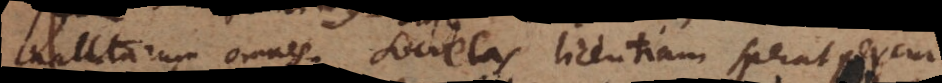
nautarum omnes. Societas licentiam sperat percur-